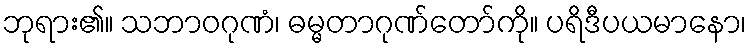
ဘုရား၏။ သဘာဝဂုဏံ၊ ဓမ္မတာဂုဏ်တော်ကို။ ပရိဒီပယမာနော၊